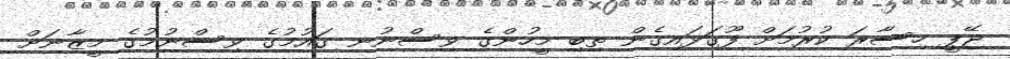
ޖޭޕީ ހިސާރަ ކުރުމަށް ފޫގަޅައިގެން ތިބި މީހުންގެ ވިސްނުނ ގައުމުގެ ވިސްނުމުގެ މީޒާނަށް